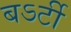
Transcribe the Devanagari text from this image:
बऽर्टी